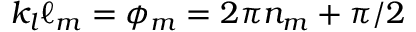
k _ { l } \ell _ { m } = \phi _ { m } = 2 \pi n _ { m } + \pi / 2